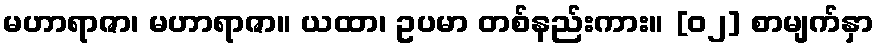
မဟာရာဇာ၊ မဟာရာဇာ။ ယထာ၊ ဥပမာ တစ်နည်းကား။ [၀၂] စာမျက်နှာ